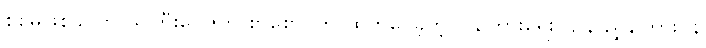
စစ်မဖြစ်ခင်က သူကြီးဂေဇက် စာစောင်ကို ထုတ်ဝေခဲ့တဲ့ ပြန်ကြားရေး ဌာန ညွှန်ကြားဝန်